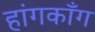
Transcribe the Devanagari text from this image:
हांगकाँग